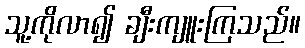
သူ့ကိုလာ၍ ချီးကျူးကြသည်။